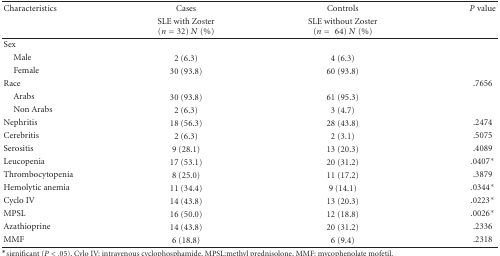
<table><thead><tr><td><b>Characteristics</b></td><td><b>Cases</b></td><td><b>Controls</b></td><td><b><i>P</i> value</b></td></tr><tr><td></td><td><b>SLE with Zoster (<i>n</i> = 32) <i>N</i> (%)</b></td><td><b>SLE without Zoster (<i>n</i> = 64) <i>N</i> (%)</b></td><td></td></tr></thead><tbody><tr><td>Sex</td><td></td><td></td><td></td></tr><tr><td> Male</td><td>2 (6.3)</td><td>4 (6.3)</td><td></td></tr><tr><td> Female</td><td>30 (93.8)</td><td>60 (93.8)</td><td></td></tr><tr><td>Race</td><td></td><td></td><td>.7656</td></tr><tr><td> Arabs</td><td>30 (93.8)</td><td>61 (95.3)</td><td></td></tr><tr><td> Non Arabs</td><td>2 (6.3)</td><td>3 (4.7)</td><td></td></tr><tr><td>Nephritis</td><td>18 (56.3)</td><td>28 (43.8)</td><td>.2474</td></tr><tr><td>Cerebritis</td><td>2 (6.3)</td><td>2 (3.1)</td><td>.5075</td></tr><tr><td>Serositis</td><td>9 (28.1)</td><td>13 (20.3)</td><td>.4089</td></tr><tr><td>Leucopenia</td><td>17 (53.1)</td><td>20 (31.2)</td><td>.0407*</td></tr><tr><td>Thrombocytopenia</td><td>8 (25.0)</td><td>11 (17.2)</td><td>.3879</td></tr><tr><td>Hemolytic anemia</td><td>11 (34.4)</td><td>9 (14.1)</td><td>.0344*</td></tr><tr><td>Cyclo IV</td><td>14 (43.8)</td><td>13 (20.3)</td><td>.0223*</td></tr><tr><td>MPSL</td><td>16 (50.0)</td><td>12 (18.8)</td><td>.0026*</td></tr><tr><td>Azathioprine</td><td>14 (43.8)</td><td>20 (31.2)</td><td>.2336</td></tr><tr><td>MMF</td><td>6 (18.8)</td><td>6 (9.4)</td><td>.2318</td></tr></tbody></table>